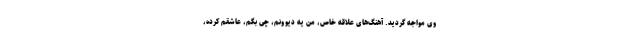
وی مواجه گردید. آهنگ‌های علاقه خاص، من یه دیوونم، چی بگم، عاشقم کرده،